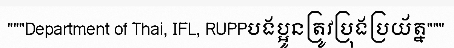
"""Department of Thai, IFL, RUPPបងប្អូនត្រូវប្រុងប្រយ័ត្ន"""